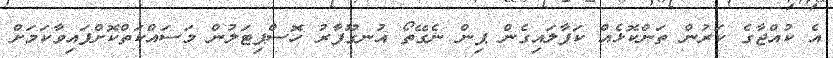
އެ ކުއްޖާގެ ކަރުން ތަންކޮޅެއް ކަފާލައިގެން ޕިން ނެގޭތޯ އުނގޫފާރު ހޮސްޕިޓަލުން މަސައްކަތްކޮށްފައިވާކަމަށް